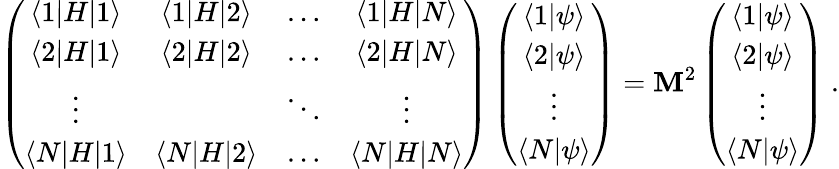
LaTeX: \left(\begin{array}{cccc}{{\langle 1|H|1\rangle}}&{{\langle 1|H|2\rangle}}&{{\ldots}}&{{\langle 1|H|N\rangle}}\\ {{\langle 2|H|1\rangle}}&{{\langle 2|H|2\rangle}}&{{\ldots}}&{{\langle 2|H|N\rangle}}\\ {{\vdots}}&{{}}&{{\ddots}}&{{\vdots}}\\ {{\langle N|H|1\rangle}}&{{\langle N|H|2\rangle}}&{{\ldots}}&{{\langle N|H|N\rangle}}\end{array}\right)\left(\begin{array}{c}{{\langle 1|\psi\rangle}}\\ {{\langle 2|\psi\rangle}}\\ {{\vdots}}\\ {{\langle N|\psi\rangle}}\end{array}\right)=\mathbf{M}^{2}\left(\begin{array}{c}{{\langle 1|\psi\rangle}}\\ {{\langle 2|\psi\rangle}}\\ {{\vdots}}\\ {{\langle N|\psi\rangle}}\end{array}\right)\ .